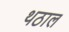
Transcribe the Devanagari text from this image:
थठाल